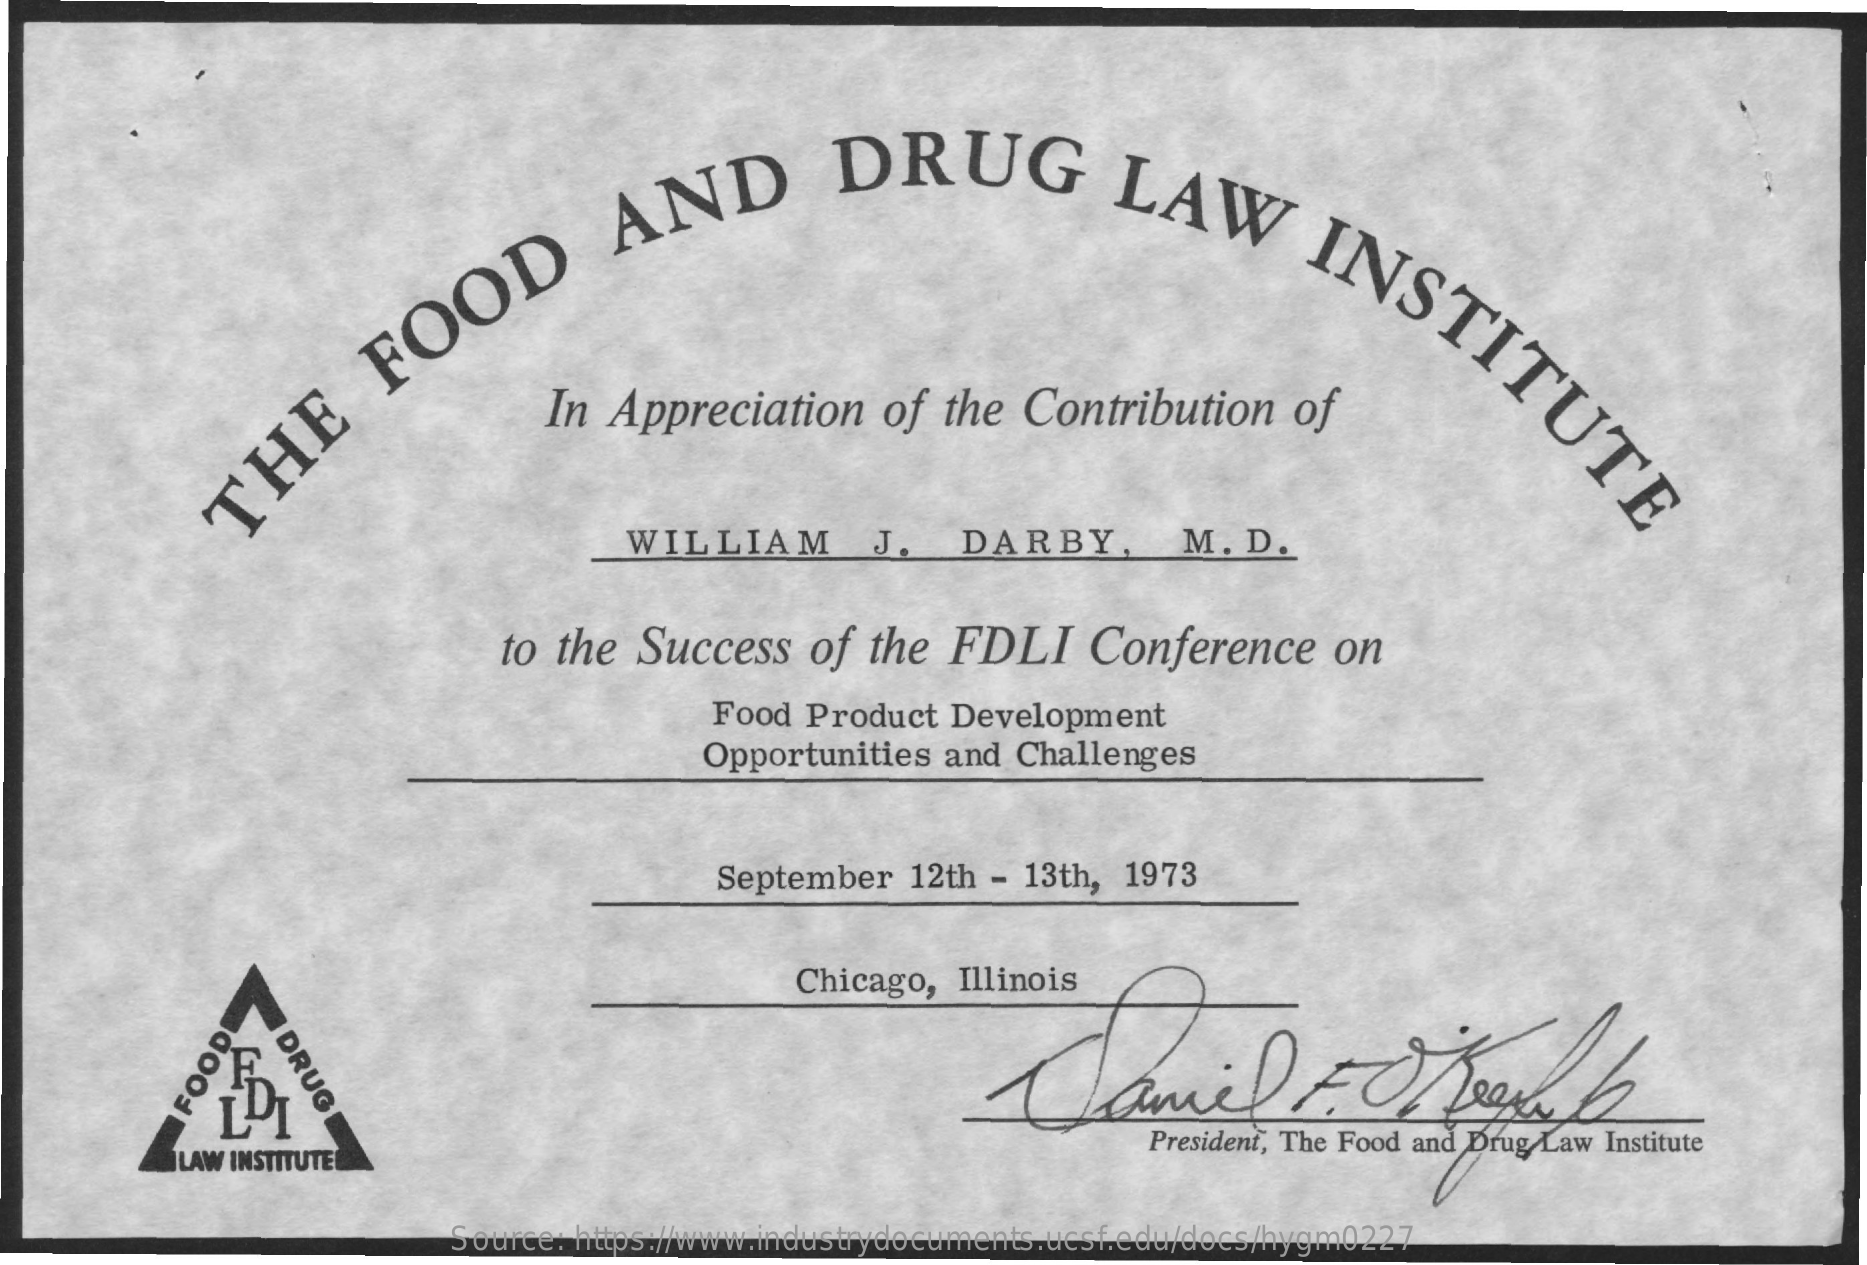
THE
     FOOD
     AND
     DRUG    LAW
     INSTITUTE
     In Appreciation    of  the  Contribution    of
     WILLIAM    J.   DARBY,    M.  D.
     to the  Success    of the  FDLI    Conference    on
     Food Product  Development
     Opportunities  and Challenges
     September   12th - 13th, 1973
     Chicago,  Illinois
     DRUG
     LI
     LAW INSTITUTE
     President, The Food and Drug Law Institute
     FOOD
     Source: https://www.industrydocuments.ucsf.edu/docs/hygm0227